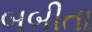
બબીતા